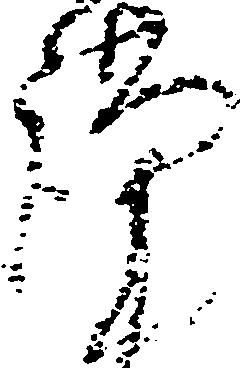
謹